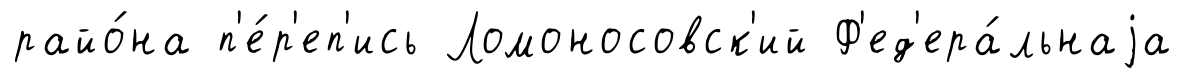
райо́на п'е́р'еп'ись Ломоносовск'ий Ф'ед'ера́льнаjа